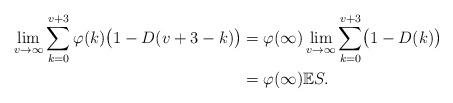
LaTeX: \begin{align*}\lim\limits_{v\rightarrow\infty}\sum_{k=0}^{v+3}\varphi (k) \bigl(1-D(v+3-k)\bigr)&=\varphi(\infty)\lim\limits_{v\rightarrow\infty}\sum_{k=0}^{v+3}\bigl(1-D(k)\bigr)\\&=\varphi(\infty)\mathbb{E}S.\end{align*}